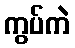
ကွပ်ကဲ